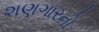
શણગારનો